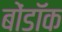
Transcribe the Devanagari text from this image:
बोंडॉक